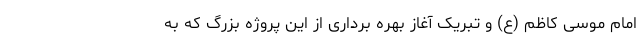
امام موسی کاظم (ع) و تبریک آغاز بهره برداری از این پروژه بزرگ که به